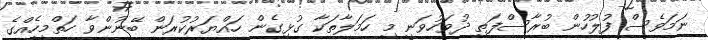
ނަމަވެސް ފުލުހުން ބުރާސްފަތި ދުވަހުވަނީ މި ހަމަލާތަކާ ގުޅިގެން ހައްޔަރުކުރަން ބޭނުންވާ ހަތްމީހެއްގެ